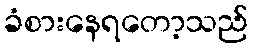
ခံစားနေရတော့သည်